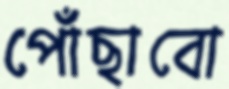
পোঁছাবো